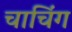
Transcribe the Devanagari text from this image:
चाचिंग